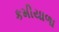
કમીયાળા